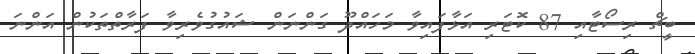
ބީޗް ރިސޯޓާއި 87 ކޮޓަރި އަޅާފައިވާ މަހައްދޫ ގަންނަން ޝައުގުވެރިވާ ފަރާތްތަކުން އަންނަ